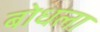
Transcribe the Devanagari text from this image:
बोधला